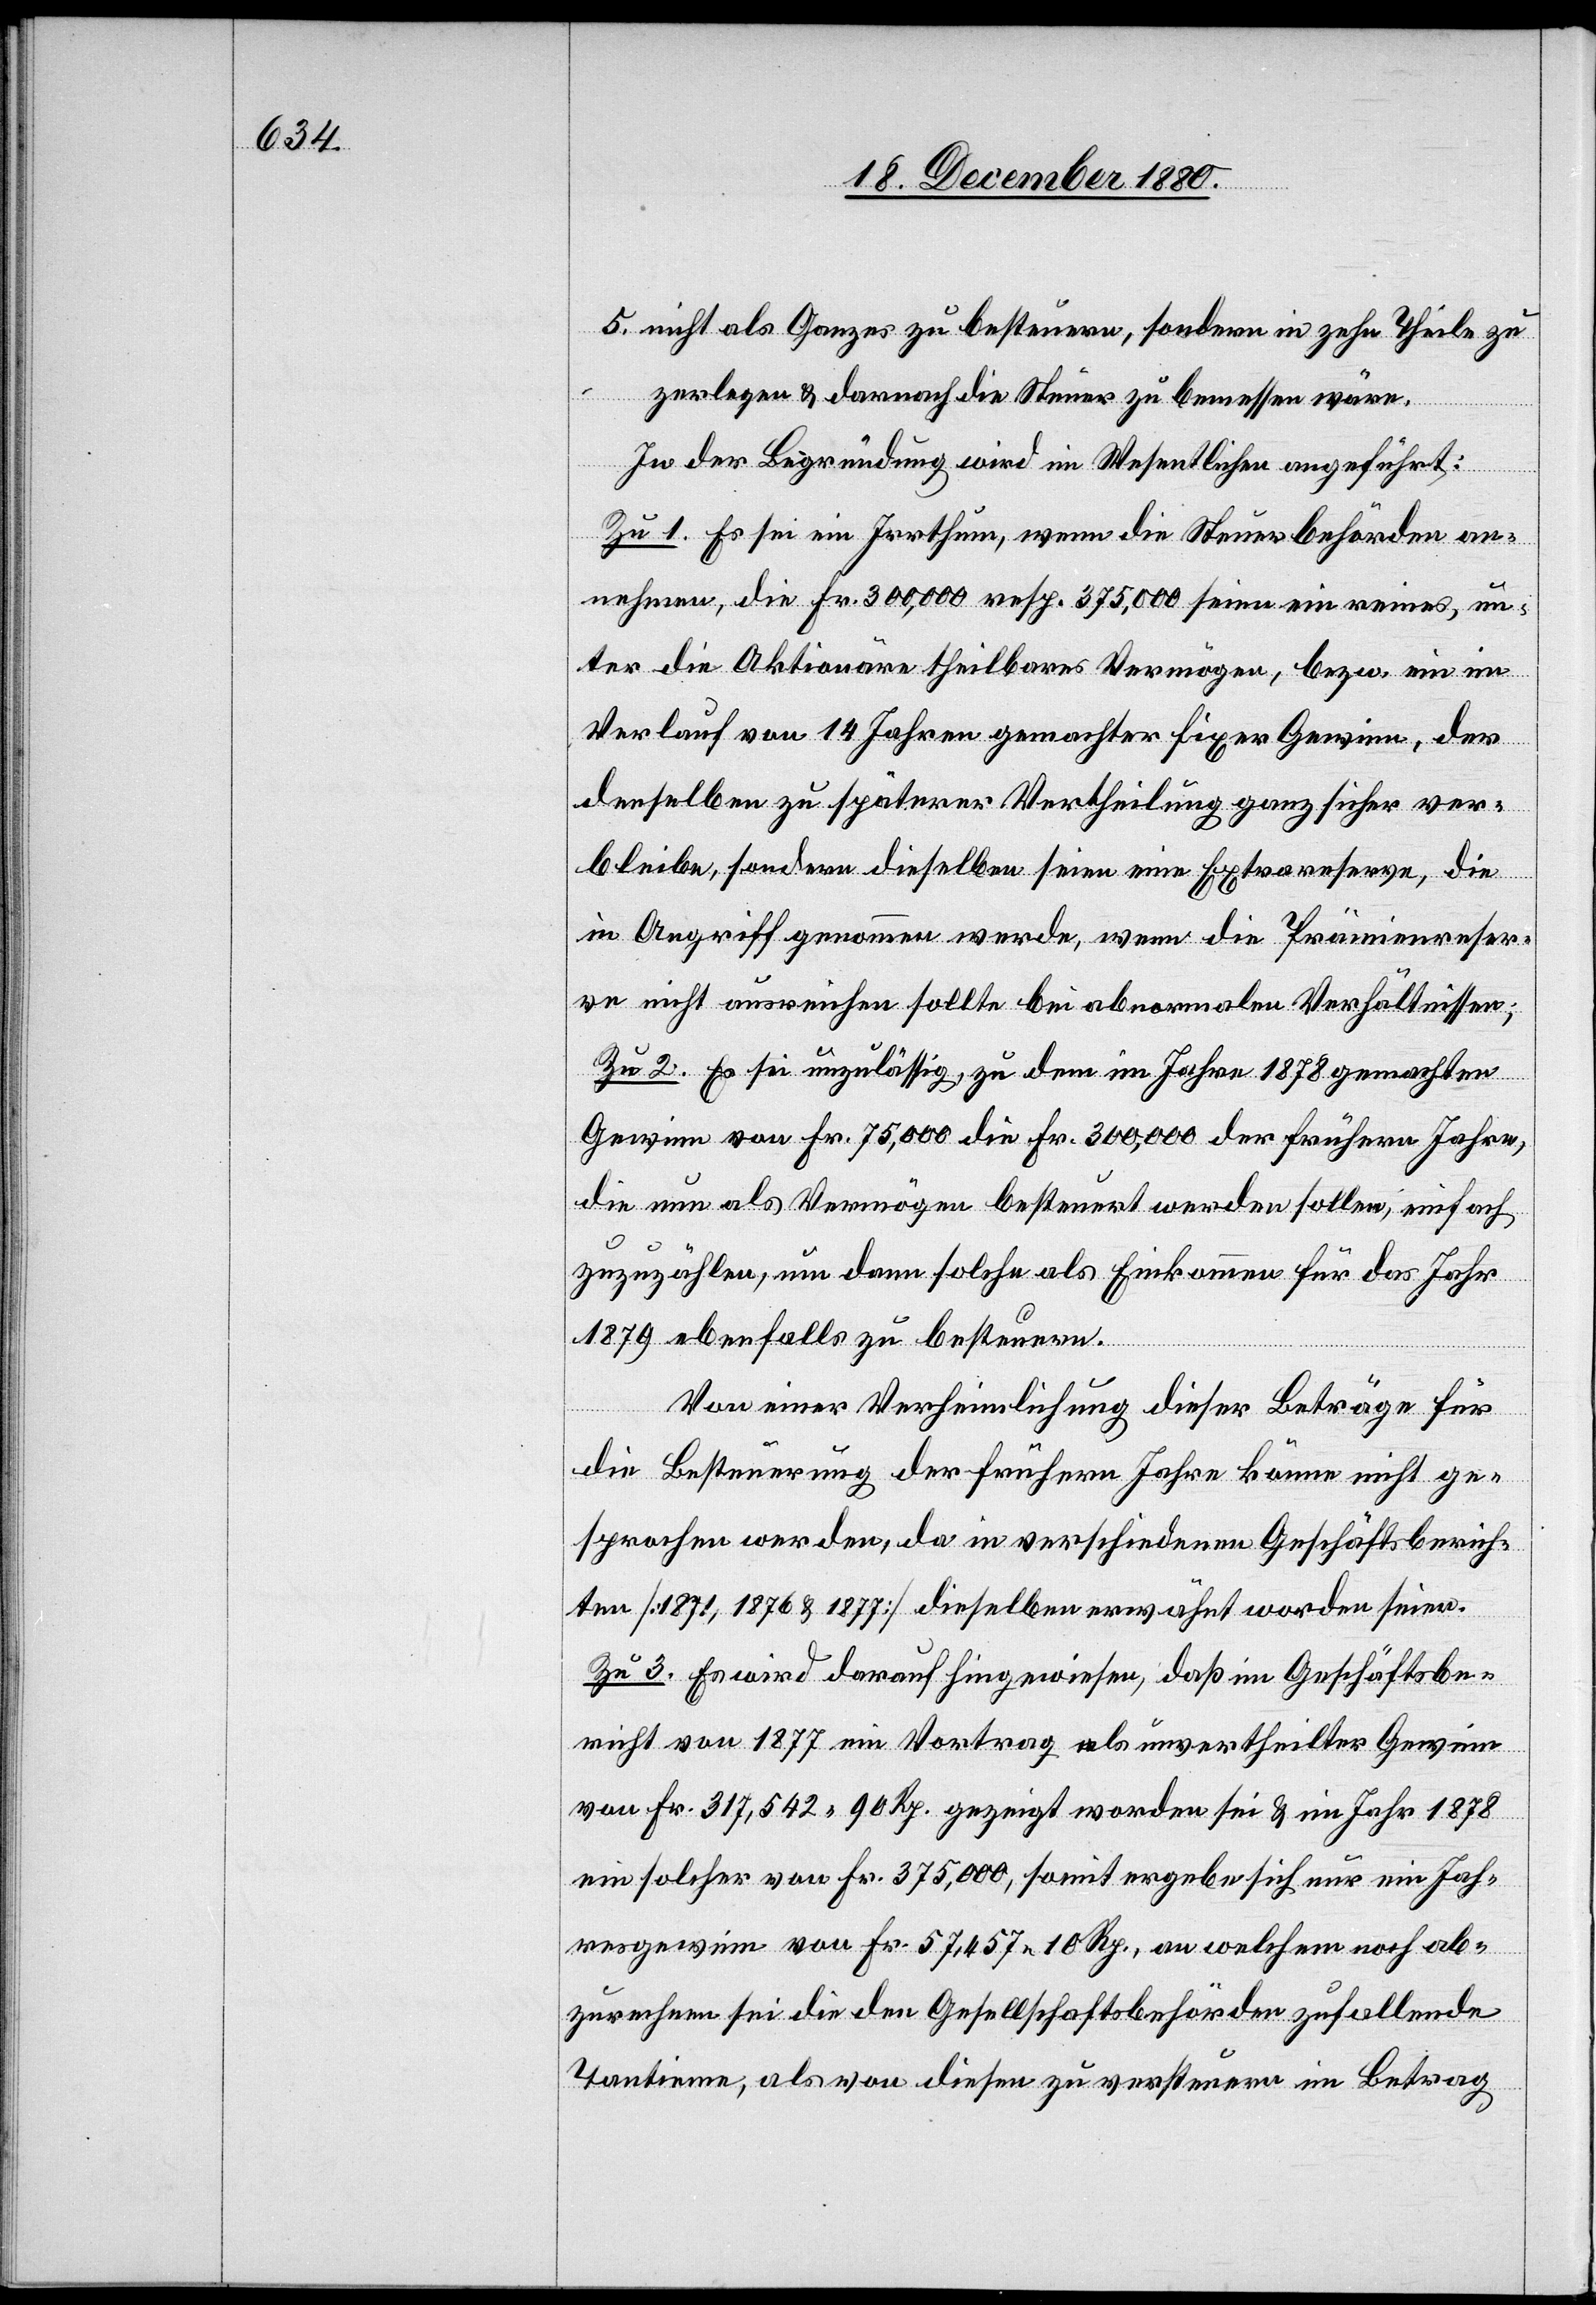
5. nicht als Ganzes zu besteuern, sondern in zehn Theile zu
zerlegen & danach die Steuer zu bemessen wäre.
In der Begründung wird im Wesentlichen angeführt:
Zu 1. Es sei ein Irrthum, wenn die Steuerbehörden an¬
nehmen, die Fr. 300,000 resp. 375,000 seien ein reines, un¬
ter die Aktionäre theilbares Vermögen, bezw. ein im
Verlauf von 14 Jahren gemachter fixer Gewinn, der
denselben zu späterer Vertheilung ganz sicher ver¬
bleibe, sondern dieselben seien eine Extrareserve, die
in Angriff genommen werde, wenn die Prämienreser¬
ve nicht ausreichen sollte bei abnormalen Verhältnissen;
Zu 2. Es sei unzulässig, zu dem im Jahre 1878 gemachten
Gewinn von Fr. 75,000 die Fr. 300,000 der frühern Jahre,
die nun als Vermögen besteuert werden sollen, einfach
zuzuzählen, um dann solche als Einkommen für das Jahr
1879 ebenfalls zu besteuern.
Von einer Verheimlichung dieser Beträge für
die Besteuerung der frühern Jahre könne nicht ge¬
sprochen werden, da in verschiedenen Geschäftsberich¬
ten [1871, 1875 & 1877] dieselben erwähnt worden seien.
Zu 3. Es wird darauf hingewiesen, daß im Geschäftsbe¬
richt von 1877 ein Vortrag als unvertheilter Gewinn
von Fr. 317,542 90 Rp. gezeigt worden sei & im Jahr 1878
ein solcher von Fr. 375,000, somit ergebe sich nur ein Jah¬
resgewinn von Fr. 57,457 10 Rp., an welchem noch ab¬
zurechnen sie die den Gesellschaftsbehörden zufallende
Tantieme, als von diesen zu versteuern im Betrag